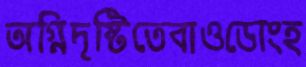
অগ্নিদৃষ্টিতেবাওডোংহ